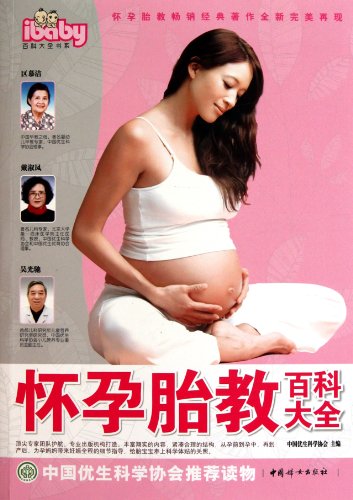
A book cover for Encyclopedia of Pregnancy and Antenatal Training (Chinese Edition); ben she; Reference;